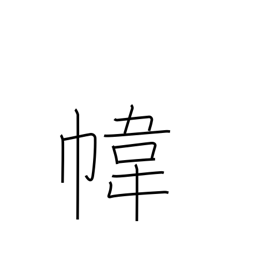
Meaning: bag